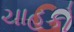
ચાહકો